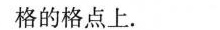
格的格点上。